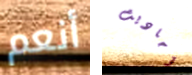
أنعم أحاديث